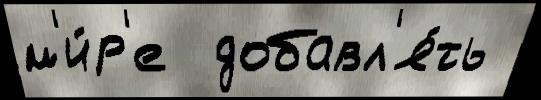
м'и́р'е  добавл'я́ть